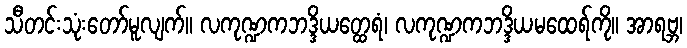
သီတင်းသုံးတော်မူလျက်။ လကုဏ္ဍကဘဒ္ဒိယတ္ထေရံ၊ လကုဏ္ဍကဘဒ္ဒိယမထေရ်ကို။ အာရဗ္ဘ၊